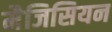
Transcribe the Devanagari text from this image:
मैजिसियन